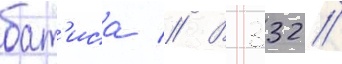
бат'иса // В 332/